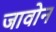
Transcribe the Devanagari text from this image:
जावोन